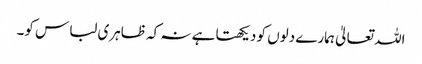
اللہ تعالیٰ ہمارے دلوں کو دیکھتا ہے نہ کہ ظاہری لباس کو۔